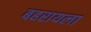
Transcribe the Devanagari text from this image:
बहरायला